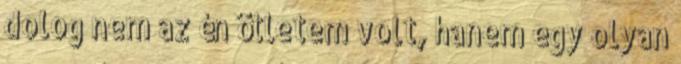
dolog nem az én ötletem volt, hanem egy olyan